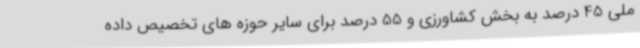
ملی 45 درصد به بخش کشاورزی و 55 درصد برای سایر حوزه های تخصیص داده